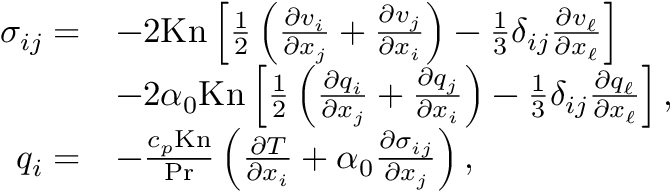
\begin{array} { r l } { \sigma _ { i j } = } & { - 2 \mathrm { K n } \left[ \frac { 1 } { 2 } \left( \frac { \partial v _ { i } } { \partial x _ { j } } + \frac { \partial v _ { j } } { \partial x _ { i } } \right) - \frac { 1 } { 3 } \delta _ { i j } \frac { \partial v _ { \ell } } { \partial x _ { \ell } } \right] } \\ & { - 2 \alpha _ { 0 } \mathrm { K n } \left[ \frac { 1 } { 2 } \left( \frac { \partial q _ { i } } { \partial x _ { j } } + \frac { \partial q _ { j } } { \partial x _ { i } } \right) - \frac { 1 } { 3 } \delta _ { i j } \frac { \partial q _ { \ell } } { \partial x _ { \ell } } \right] , } \\ { q _ { i } = } & { - \frac { c _ { p } \mathrm { K n } } { \mathrm { P r } } \left( \frac { \partial T } { \partial x _ { i } } + \alpha _ { 0 } \frac { \partial \sigma _ { i j } } { \partial x _ { j } } \right) , } \end{array}